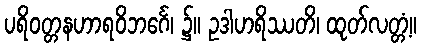
ပရိဝတ္တနဟာရဝိဘင်္ဂေ၊ ၌။ ဥဒါဟရိဿတိ၊ ထုတ်လတ္တံ့။